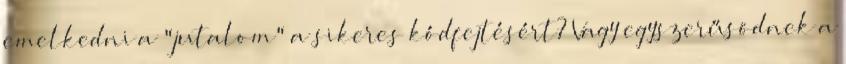
emelkedni a "jutalom" a sikeres kódfejtésért? Vagy egyszerűsödnek a